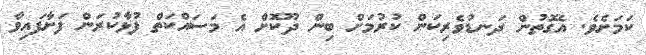
ކަމަށެވެ. އެގޮތުން ދަނޑުވެރިކަން ކުރުމަށް ބިން ދޫކޮށް އެ މަސައްކަތް ފުޅާކުރަން ފަށާފައިވާ